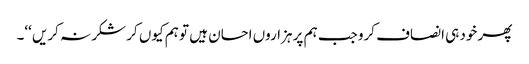
پھر خود ہی انصاف کرو جب ہم پر ہزاروں احسان ہیں تو ہم کیوں کر شکر نہ کریں ‘‘۔